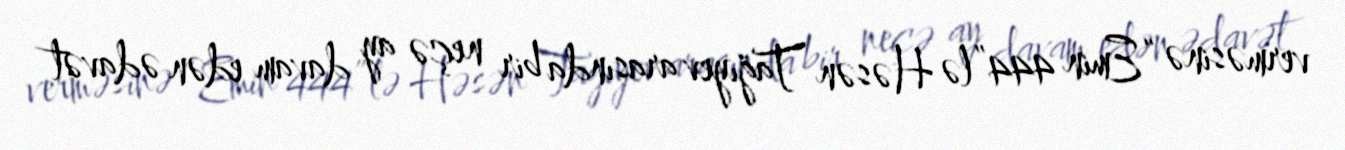
verməsinə “Emin 444”lə Həsən Tağıyev arasında bir neçə ay davam edən ədavət